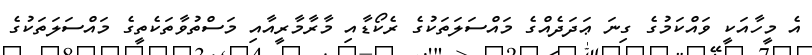
އެ މީހާއަކީ ވައްކަމުގެ ގިނަ ޢަދަދެއްގެ މައްސަލަތަކުގެ ރެކޯޑާއި މާރާމާރީއާއި މަސްތުވާތަކެތީގެ މައްސަލަތަކުގެ